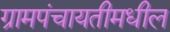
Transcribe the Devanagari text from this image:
ग्रामपंचायतीमधील